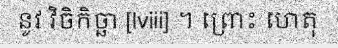
នូវ វិចិកិច្ឆា [lviii] ។ ព្រោះ ហេតុ